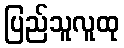
ပြည်သူလူထု